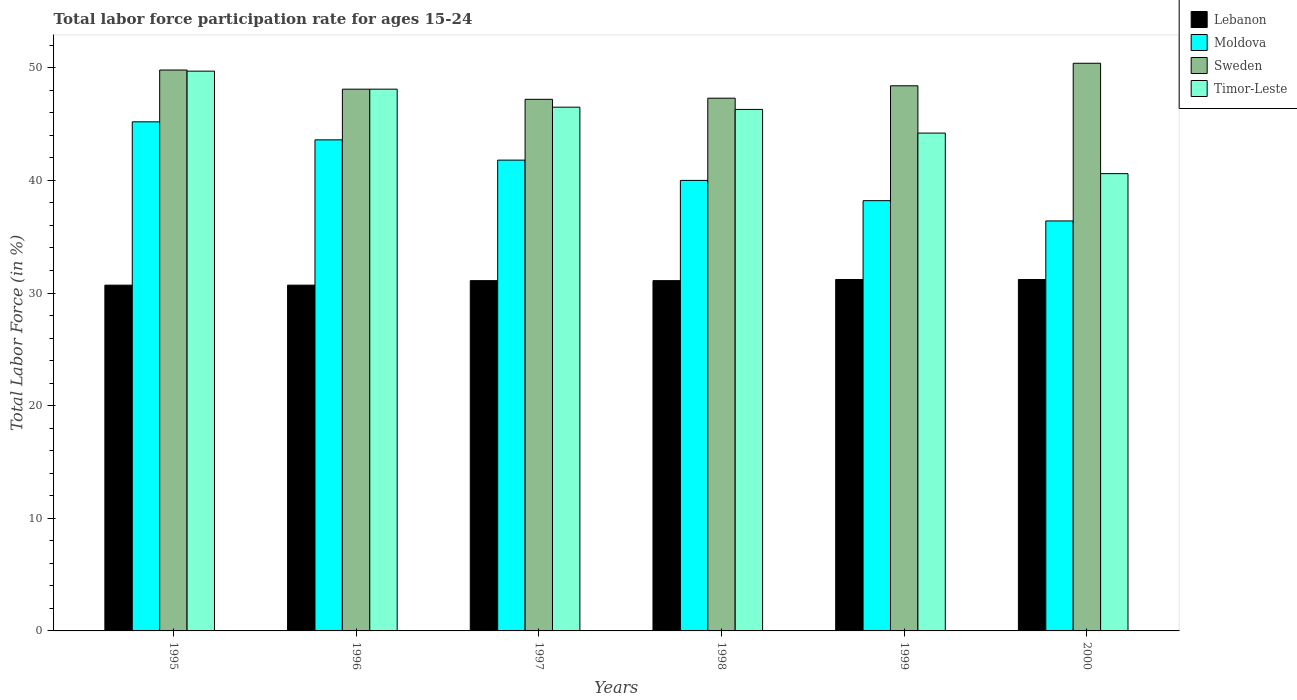
| Years | Lebanon | Moldova | Sweden | Timor-Leste |
 | --- | --- | --- | --- | --- |
 | 1995 | 30.7 | 45.2 | 49.8 | 49.7 |
 | 1996 | 30.7 | 43.6 | 48.1 | 48.1 |
 | 1997 | 31.1 | 41.8 | 47.2 | 46.5 |
 | 1998 | 31.1 | 40 | 47.3 | 46.3 |
 | 1999 | 31.2 | 38.2 | 48.4 | 44.2 |
 | 2000 | 31.2 | 36.4 | 50.4 | 40.6 |